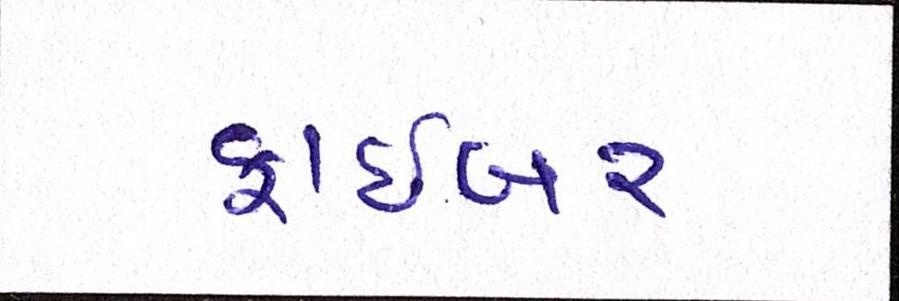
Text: ફાઇબર